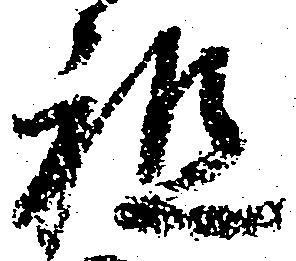
祖